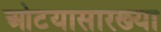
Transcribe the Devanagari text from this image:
ओटयासारख्या